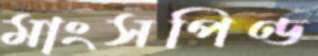
মাংসপিণ্ড